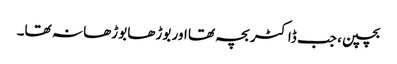
بچپن، جب ڈاکٹر بچہ تھا اور بوڑھا بوڑھا نہ تھا۔